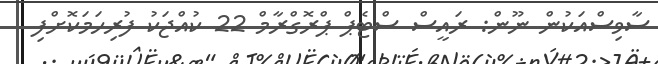
ސާވިސްއަކުން ނޫން: ރައީސް ސްޓެޕް ޕްރޮގްރާމް 22 ކުއްޖަކު ފުރިހަމަކޮށްފި